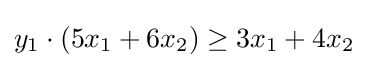
y_{1}\cdot (5x_{1}+6x_{2})\geq 3x_{1}+4x_{2}